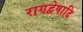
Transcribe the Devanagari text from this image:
रागद्वेषादि